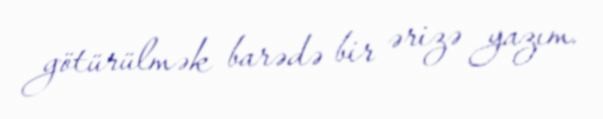
götürülmək barədə bir ərizə yazım.